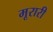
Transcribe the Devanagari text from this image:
मूरारी